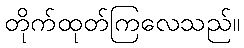
တိုက်ထုတ်ကြလေသည်။